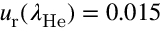
u _ { \mathrm { r } } ( \lambda _ { \mathrm { H e } } ) = 0 . 0 1 5